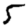
Digit: 5